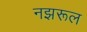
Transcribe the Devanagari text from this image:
नझरूल